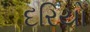
દરિયો